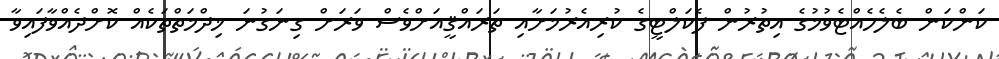
ކަންކަން ބެލެހެއްޓެވުމުގެ އިތުރުން ފެކަލްޓީގެ ކުރިއެރުމަށާއި ތަރައްޤީއަށްވެސް ވަރަށް ގިނަގުނަ ޚިދްމަތްތަކެއް ކޮށްދެއްވާފައިވާ